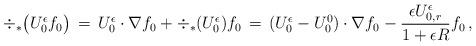
LaTeX: \begin{align*} \div_*\bigl(U_0^\epsilon f_0\bigr) \,=\, U_0^\epsilon \cdot \nabla f_0 + \div_*(U_0^\epsilon) f_0 \,=\, (U_0^\epsilon - U_0^0) \cdot \nabla f_0 - \frac{\epsilon U_{0,r}^\epsilon}{1+\epsilon R}f_0\,,\end{align*}